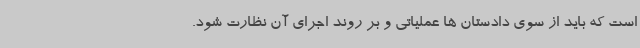
است که باید از سوی دادستان ها عملیاتی و بر روند اجرای آن نظارت شود.